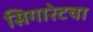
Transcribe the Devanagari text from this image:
सिगारेटचा